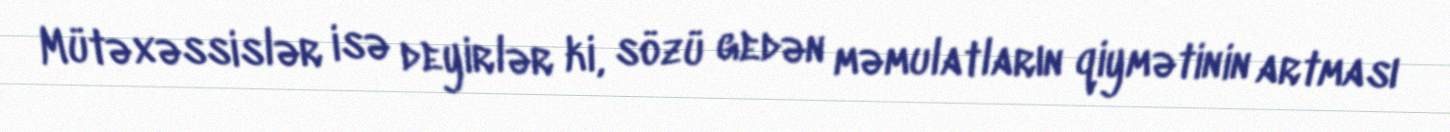
Mütəxəssislər isə deyirlər ki, sözü gedən məmulatların qiymətinin artması